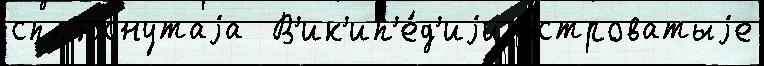
спл'юснутаjа  В'ик'ип'е́д'иjи островатыjе